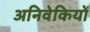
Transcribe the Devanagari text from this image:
अनिवेकियों